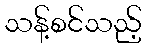
သန့်စင်သည့်